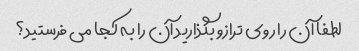
لطفا آن را روی ترازو بگذارید آن را به کجا می فرستید؟